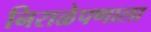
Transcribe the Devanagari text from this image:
निराळेपणाला